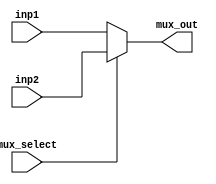
module mux_32bit
(
	input [31:0] inp1,
	input [31:0] inp2,
	input mux_select,
	output reg [31:0] mux_out
);

//This module is used for selecting one of the 32-bit inputs to the output 

always @ (*) begin

if (mux_select == 1'b0)
	mux_out = inp1;
else	
	mux_out = inp2;
	
end
endmodule